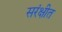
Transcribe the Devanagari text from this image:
सरंक्षीत